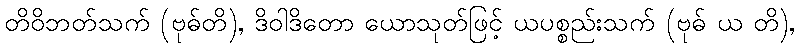
တိဝိဘတ်သက် (ဗုဓ်တိ), ဒိဝါဒိတော ယောသုတ်ဖြင့် ယပစ္စည်းသက် (ဗုဓ် ယ တိ),